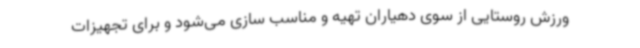
ورزش روستایی از سوی دهیاران تهیه و مناسب سازی می‌شود و برای تجهیزات